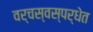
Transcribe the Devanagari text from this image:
वर्चस्वस्पर्धेत